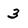
Character: 3